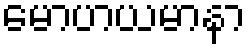
မောဟယမာနာ